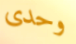
وحدى